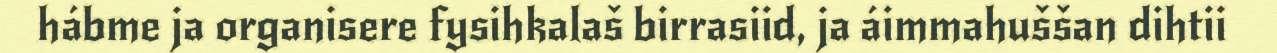
hábme ja organisere fysihkalaš birrasiid, ja áimmahuššan dihtii